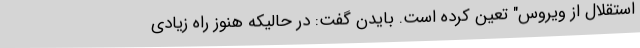
استقلال از ویروس" تعین کرده است. بایدن گفت: در حالیکه هنوز راه زیادی